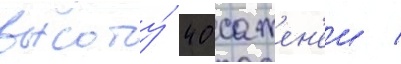
высоту́ 40 сажен'еи /